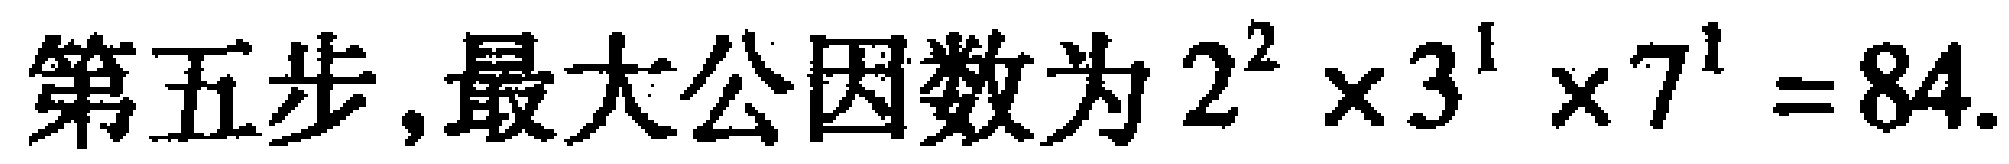
第五步,最大公因数为 \(2^{2} \times 3^{1} \times 7^{1} = 84\).